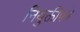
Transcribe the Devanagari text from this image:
नियुक्तीपत्रे